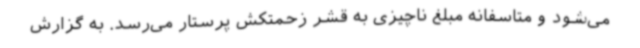
می‌شود و متاسفانه مبلغ ناچیزی به قشر زحمتکش پرستار می‌رسد. به گزارش